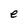
Character: e